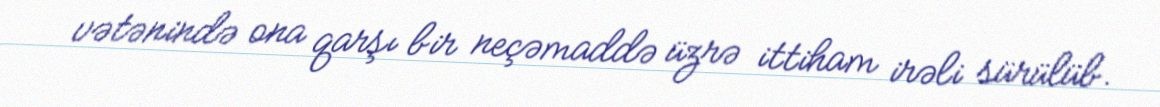
vətənində ona qarşı bir neçəmaddə üzrə ittiham irəli sürülüb.